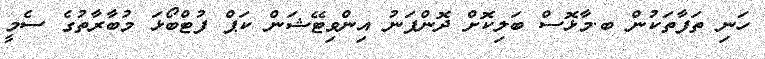
ހަނި ތަފާތަކުން ބ.މާޅޮސް ބަލިކޮށް ދޮންފަނު އިންވިޓޭޝަން ކަޕް ފުޓްބޯޅަ މުބާރާތުގެ ސެމީ